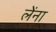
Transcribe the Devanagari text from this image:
लेंना